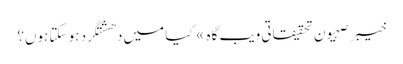
خیبر صہیون تحقیقاتی ویب گاہ » کیا میں دھشتگرد ہو سکتا ہوں؟